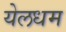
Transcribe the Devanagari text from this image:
येलधम